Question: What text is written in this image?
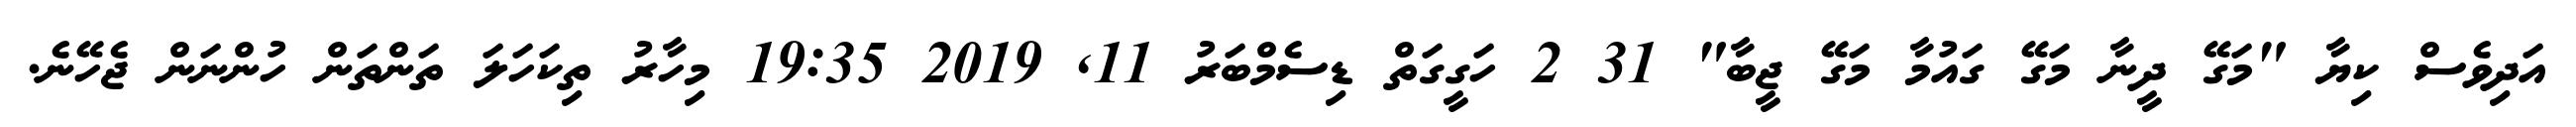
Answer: އަދިވެސް ކިޔާ "މަގޭ ދީނާ މަގޭ ގައުމާ މަގޭ ޖީބާ" 31 2 ހަގީގަތް ޑިސެމްބަރު 11, 2019 19:35 މިހާރު ތިކަހަލަ ތަންތަން ހުންނަން ޖެހޭނެ.